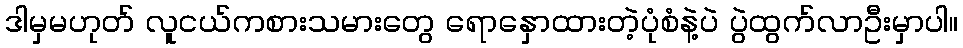
ဒါမှမဟုတ် လူငယ်ကစားသမားတွေ ရောနှောထားတဲ့ပုံစံနဲ့ပဲ ပွဲထွက်လာဦးမှာပါ။